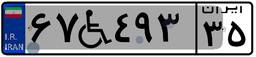
۶۷W۴۹۳۳۵